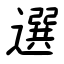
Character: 選